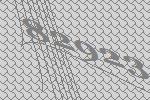
82923